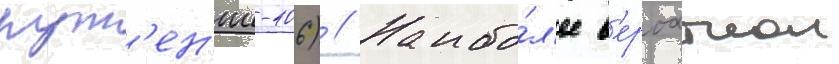
рут'ен'ии-106) // Наибо́л'ее в'ероатнои